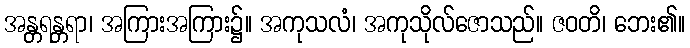
အန္တရန္တရာ၊ အကြားအကြား၌။ အကုသလံ၊ အကုသိုလ်ဇောသည်။ ဇဝတိ၊ ဘေး၏။